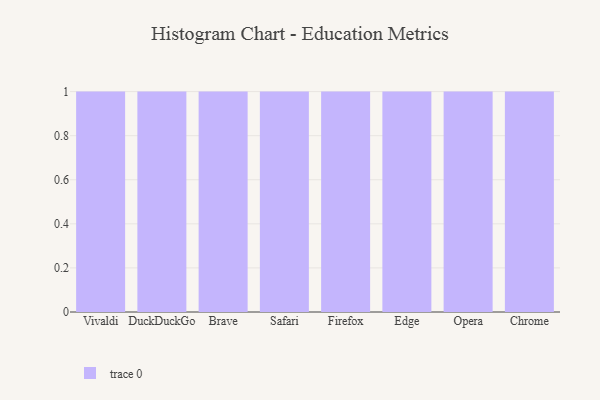
{"axis": {"x": "Browser", "y": "Shipments"}, "legend": [""], "data": [{"x": "Vivaldi", "y": 29, "type": ""}, {"x": "DuckDuckGo", "y": 10, "type": ""}, {"x": "Brave", "y": 41, "type": ""}, {"x": "Safari", "y": 79, "type": ""}, {"x": "Firefox", "y": 98, "type": ""}, {"x": "Edge", "y": 72, "type": ""}, {"x": "Opera", "y": 18, "type": ""}, {"x": "Chrome", "y": 87, "type": ""}]}